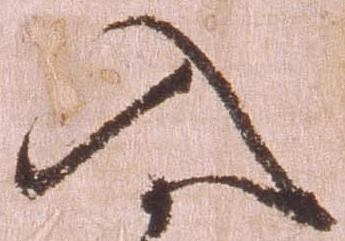
入